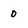
Character: o